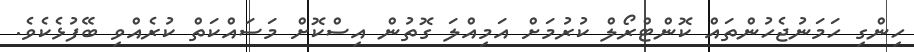
ހިންގި ހަމަނުޖެހުންތައް ކޮންޓްރޯލް ކުރުމަށް އަމިއްލަ ގޮތުން އިސްކޮށް މަސައްކަތް ކުރެއްވި ބޭފުޅެކެވެ.